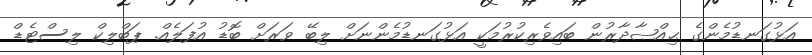
އަޅުގަނޑުމެންގެ ޙިއްޞާދާރުން ބައިވެރިކުރުމަކީ އަޅުގަނޑުމެންނަށް ލިބޭ ވަރަށް ބޮޑު އުފަލެއް. ޕަބްލިކް ލިސްޓެޑް